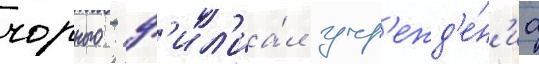
чорного - ф'ил'иа́л учр'ежд'е́н'иа